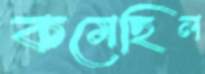
কমেছিল